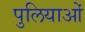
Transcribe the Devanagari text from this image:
पुलियाओं